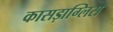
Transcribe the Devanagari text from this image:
कासड़ाग्लिस